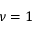
\nu = 1